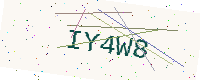
Text: IY4W8